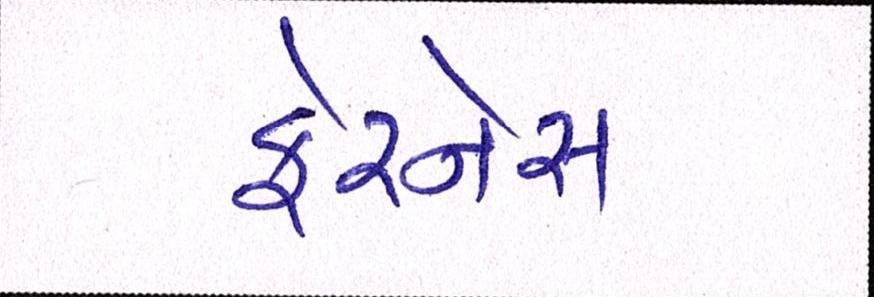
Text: ફેરનેસ